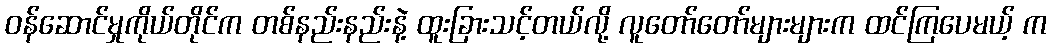
ဝန်ဆောင်မှုကိုယ်တိုင်က တစ်နည်းနည်းနဲ့ ထူးခြားသင့်တယ်လို့ လူတော်တော်များများက ထင်ကြပေမယ့် က